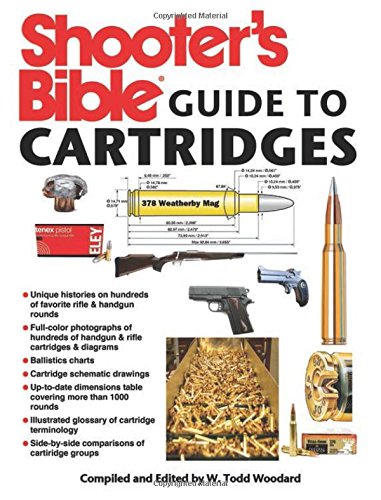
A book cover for Shooter's Bible Guide to Cartridges; Sports & Outdoors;